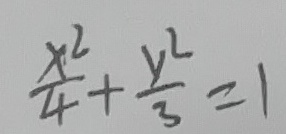
\frac { x ^ { 2 } } { 4 } + \frac { y ^ { 2 } } { 3 } = 1